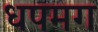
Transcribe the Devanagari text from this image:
धपमग